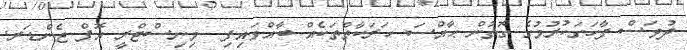
ދުވަސް ފާހަގަކުރުމުގެ ގޮތުން ޙާއްސަ ހަރަކާތްތަކެއް ބާއްވައިފި  މިނިސްޓްރީ އޮފް ޖެންޑަރ